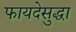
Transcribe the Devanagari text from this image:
फायदेसुद्धा